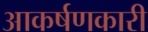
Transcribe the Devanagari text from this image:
आकर्षणकारी